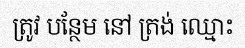
ត្រូវ បន្ថែម នៅ ត្រង់ ឈ្មោះ